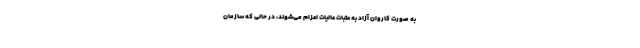
به صورت کاروان آزاد به عتبات عالیات اعزام می‌شوند، در حالی که سازمان